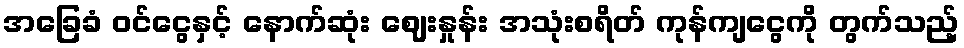
အခြေခံ ဝင်ငွေနှင့် နောက်ဆုံး ဈေးနှုန်း အသုံးစရိတ် ကုန်ကျငွေကို တွက်သည့်